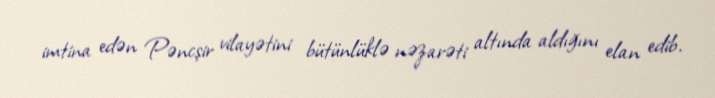
imtina edən Pəncşir vilayətini bütünlüklə nəzarəti altında aldığını elan edib.